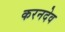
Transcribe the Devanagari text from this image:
करनदेव